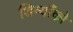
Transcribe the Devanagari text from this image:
शिष्यौंको